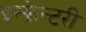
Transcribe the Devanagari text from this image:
इन्फ्रेन्टरी